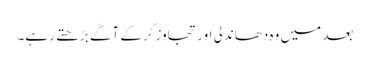
بعد میں وہ دھاندلی اور تجاوز کرکے آگے بڑھتے رہے۔